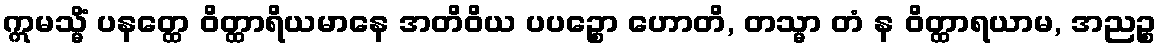
ဣမသ္မိံ ပနတ္ထေ ဝိတ္ထာရိယမာနေ အတိဝိယ ပပဉ္စော ဟောတိ, တသ္မာ တံ န ဝိတ္ထာရယာမ, အညဉ္စ